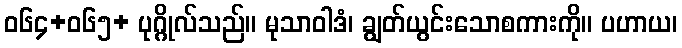
ဝ၆၄+၀၆၅+ ပုဂ္ဂိုလ်သည်။ မုသာဝါဒံ၊ ချွတ်ယွင်းသောစကားကို။ ပဟာယ၊